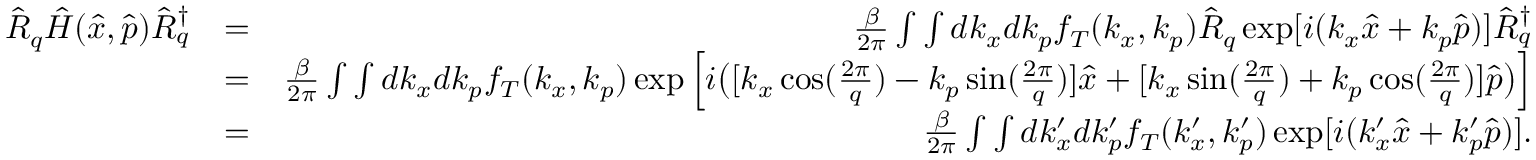
\begin{array} { r l r } { \hat { R } _ { q } \hat { H } ( \hat { x } , \hat { p } ) \hat { R } _ { q } ^ { \dagger } } & { = } & { \frac { \beta } { 2 \pi } \int \int d k _ { x } d k _ { p } f _ { T } ( k _ { x } , k _ { p } ) \hat { R } _ { q } \exp [ i ( k _ { x } \hat { x } + k _ { p } \hat { p } ) ] \hat { R } _ { q } ^ { \dagger } } \\ & { = } & { \frac { \beta } { 2 \pi } \int \int d k _ { x } d k _ { p } f _ { T } ( k _ { x } , k _ { p } ) \exp \Big [ i \big ( [ k _ { x } \cos ( \frac { 2 \pi } { q } ) - k _ { p } \sin ( \frac { 2 \pi } { q } ) ] \hat { x } + [ k _ { x } \sin ( \frac { 2 \pi } { q } ) + k _ { p } \cos ( \frac { 2 \pi } { q } ) ] \hat { p } \big ) \Big ] } \\ & { = } & { \frac { \beta } { 2 \pi } \int \int d k _ { x } ^ { \prime } d k _ { p } ^ { \prime } f _ { T } ( k _ { x } ^ { \prime } , k _ { p } ^ { \prime } ) \exp [ i ( k _ { x } ^ { \prime } \hat { x } + k _ { p } ^ { \prime } \hat { p } ) ] . } \end{array}